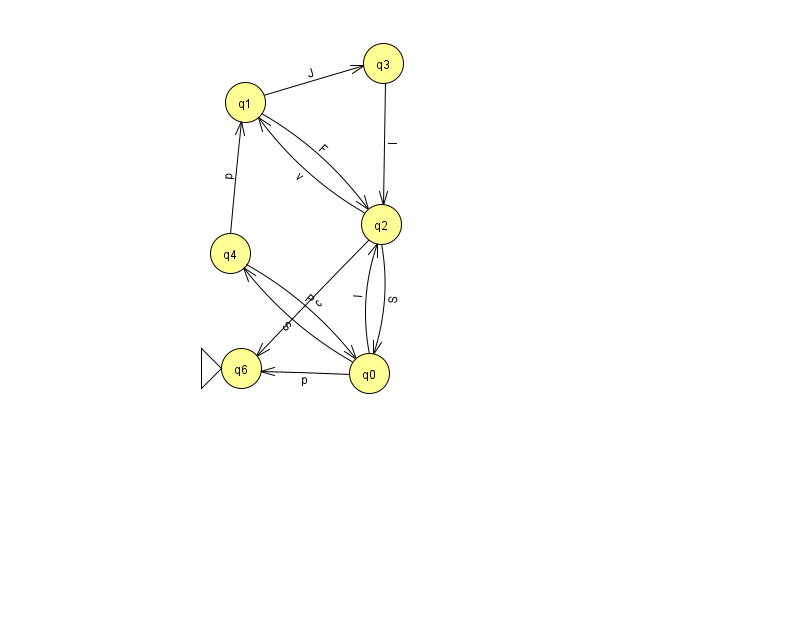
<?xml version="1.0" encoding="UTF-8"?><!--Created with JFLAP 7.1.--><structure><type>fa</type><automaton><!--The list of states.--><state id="0" name="q0"><x>369.0</x><y>360.0</y></state><state id="1" name="q1"><x>245.0</x><y>89.0</y></state><state id="2" name="q2"><x>381.0</x><y>211.0</y></state><state id="3" name="q3"><x>383.0</x><y>50.0</y></state><state id="4" name="q4"><x>230.0</x><y>240.0</y></state><state id="6" name="q6"><x>241.0</x><y>355.0</y><initial/></state><!--The list of transitions.--><transition><from>0</from><to>4</to><read>S</read></transition><transition><from>1</from><to>2</to><read>F</read></transition><transition><from>2</from><to>0</to><read>S</read></transition><transition><from>2</from><to>1</to><read>v</read></transition><transition><from>4</from><to>0</to><read>P</read></transition><transition><from>0</from><to>6</to><read>p</read></transition><transition><from>4</from><to>1</to><read>p</read></transition><transition><from>2</from><to>6</to><read>c</read></transition><transition><from>0</from><to>2</to><read>I</read></transition><transition><from>3</from><to>2</to><read>I</read></transition><transition><from>1</from><to>3</to><read>J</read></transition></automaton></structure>